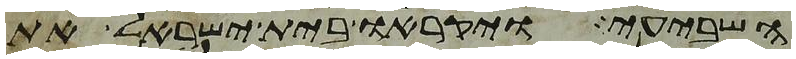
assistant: השביעי ויקראו בית ישראל את